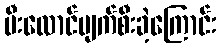
မီးလောင်ပျက်စီးခဲ့ကြောင်း